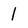
Character: 1